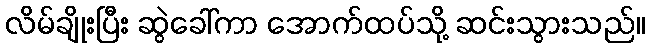
လိမ်ချိုးပြီး ဆွဲခေါ်ကာ အောက်ထပ်သို့ ဆင်းသွားသည်။